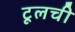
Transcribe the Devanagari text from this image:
टूलची